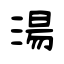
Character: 湯